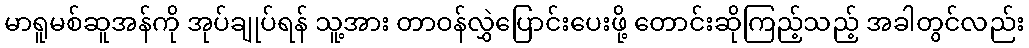
မာရူမစ်ဆူအန်ကို အုပ်ချုပ်ရန် သူ့အား တာဝန်လွှဲပြောင်းပေးဖို့ တောင်းဆိုကြည့်သည့် အခါတွင်လည်း